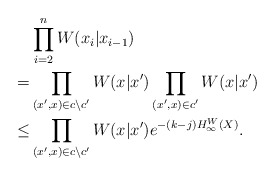
\begin{align*}&\prod_{i=2}^n W(x_i|x_{i-1}) \\ =& \prod_{(x^\prime,x) \in c \backslash c^\prime} W(x|x^\prime) \prod_{(x^\prime,x) \in c^\prime} W(x|x^\prime) \\ \le& \prod_{(x^\prime,x) \in c \backslash c^\prime} W(x|x^\prime) e^{- (k-j) H_\infty^W(X)}.\end{align*}